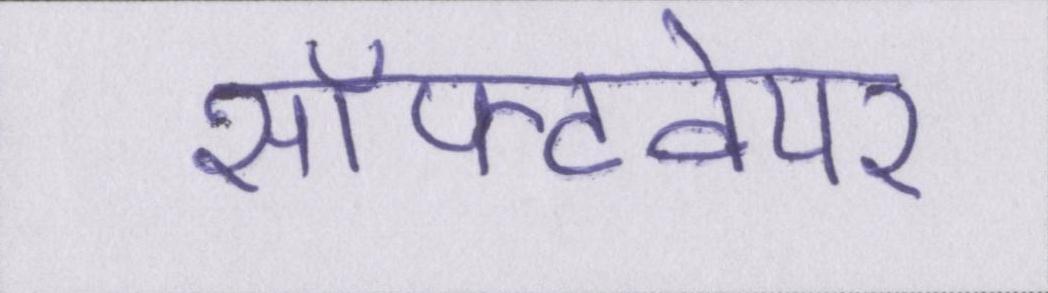
सॉफ़्टवेयर